画像に写った文字を読んでください
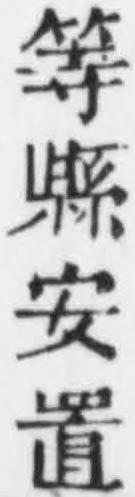
「等縣安置」と書いてあります